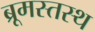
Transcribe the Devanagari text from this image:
ब्रूमस्तस्थ